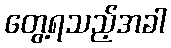
တွေ့ရသည့်အခါ